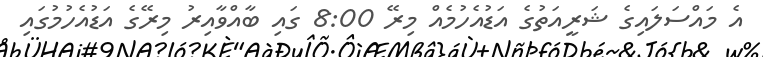
އެ މައްސަލައިގެ ޝަރީއަތުގެ އަޑުއެހުމެއް މިރޭ 8:00 ގައި ބާއްވާއިރު މިރޭގެ އަޑުއެހުމުގައި